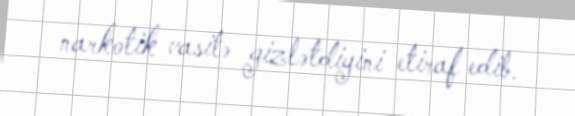
narkotik vasitə gizlətdiyini etiraf edib.